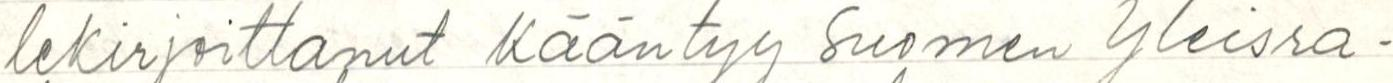
lekirjoittanut kääntyy Suomen Yleisra-